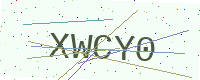
Text: XWCY0